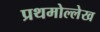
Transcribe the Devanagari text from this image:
प्रथमोल्लेख